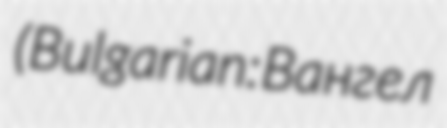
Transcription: (Bulgarian: Вангел